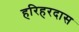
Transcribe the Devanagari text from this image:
हरिहरदास